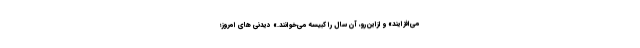
می‌افزایند» و ازاین‌رو، آن سال را کبیسه می‌خوانند.» دیدنی های امروز؛